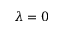
\lambda = 0